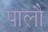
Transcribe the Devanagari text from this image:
पालौ